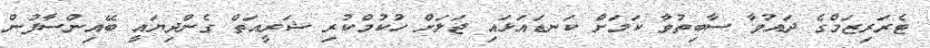
ޓެރަރިޒަމްގެ ދައުވާ ސާބިތުވާ ކަމަށް ކަނޑައަޅައި ޖަލަށް ހުކުމްކުރި ޝަރީއަތް ގެންދިޔައީ ބޭއިންސާފުން